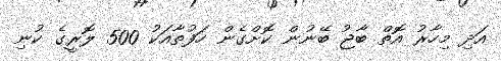
އަދި މިހާރު އޮތް ބާޖު ބޭނުން ކޮށްގެން ހަފުތާއަކު 500 ލޮރީގެ ކުނި